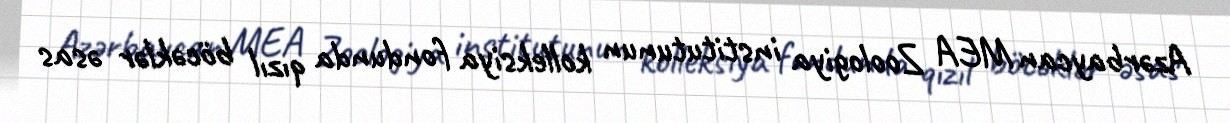
Azərbaycan MEA Zoologiya institutunun kolleksiya fondunda qızıl böcəklər əsas